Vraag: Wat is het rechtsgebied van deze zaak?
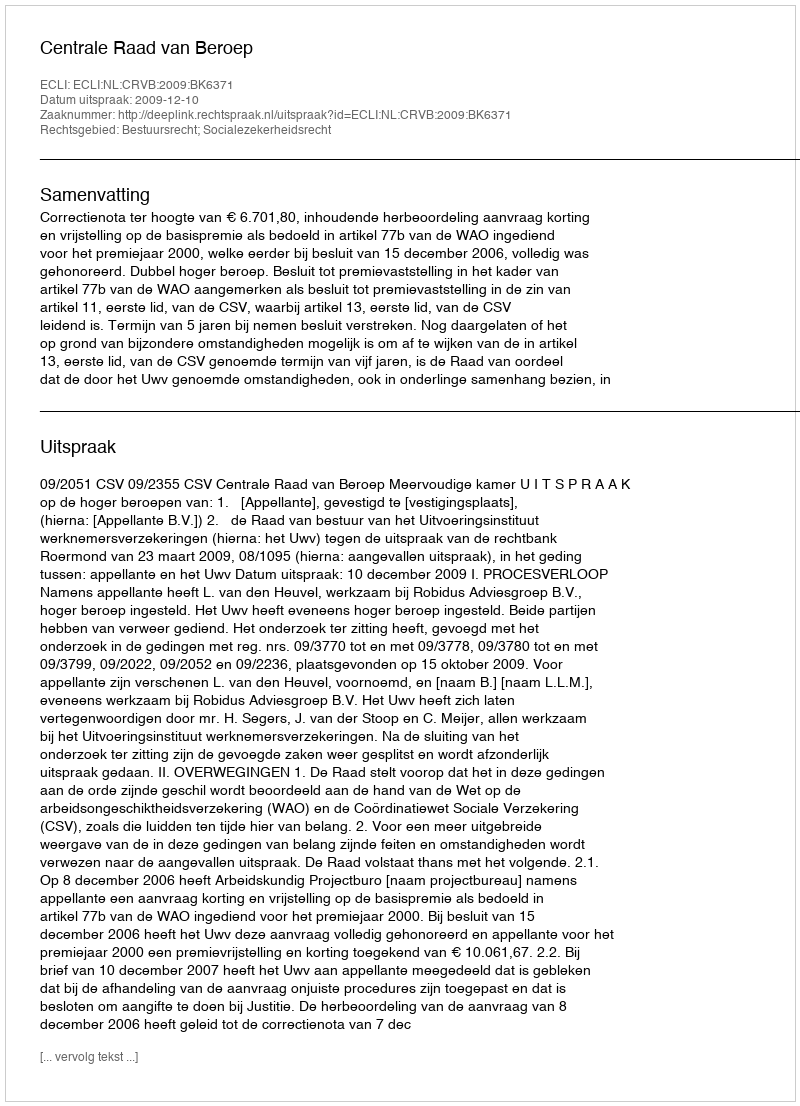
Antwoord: Bestuursrecht; Socialezekerheidsrecht